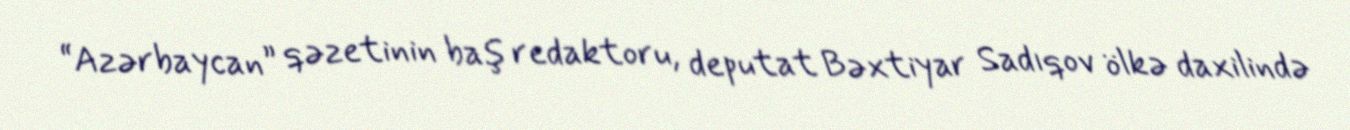
“Azərbaycan” qəzetinin baş redaktoru, deputat Bəxtiyar Sadıqov ölkə daxilində